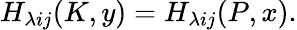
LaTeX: H_{\lambda ij}(K,y)=H_{\lambda ij}(P,x).